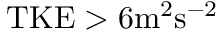
\mathrm { T K E } > 6 \mathrm { m ^ { 2 } s ^ { - 2 } }